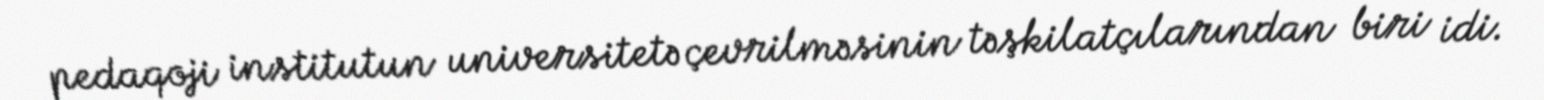
pedaqoji institutun universitetə çevrilməsinin təşkilatçılarından biri idi.